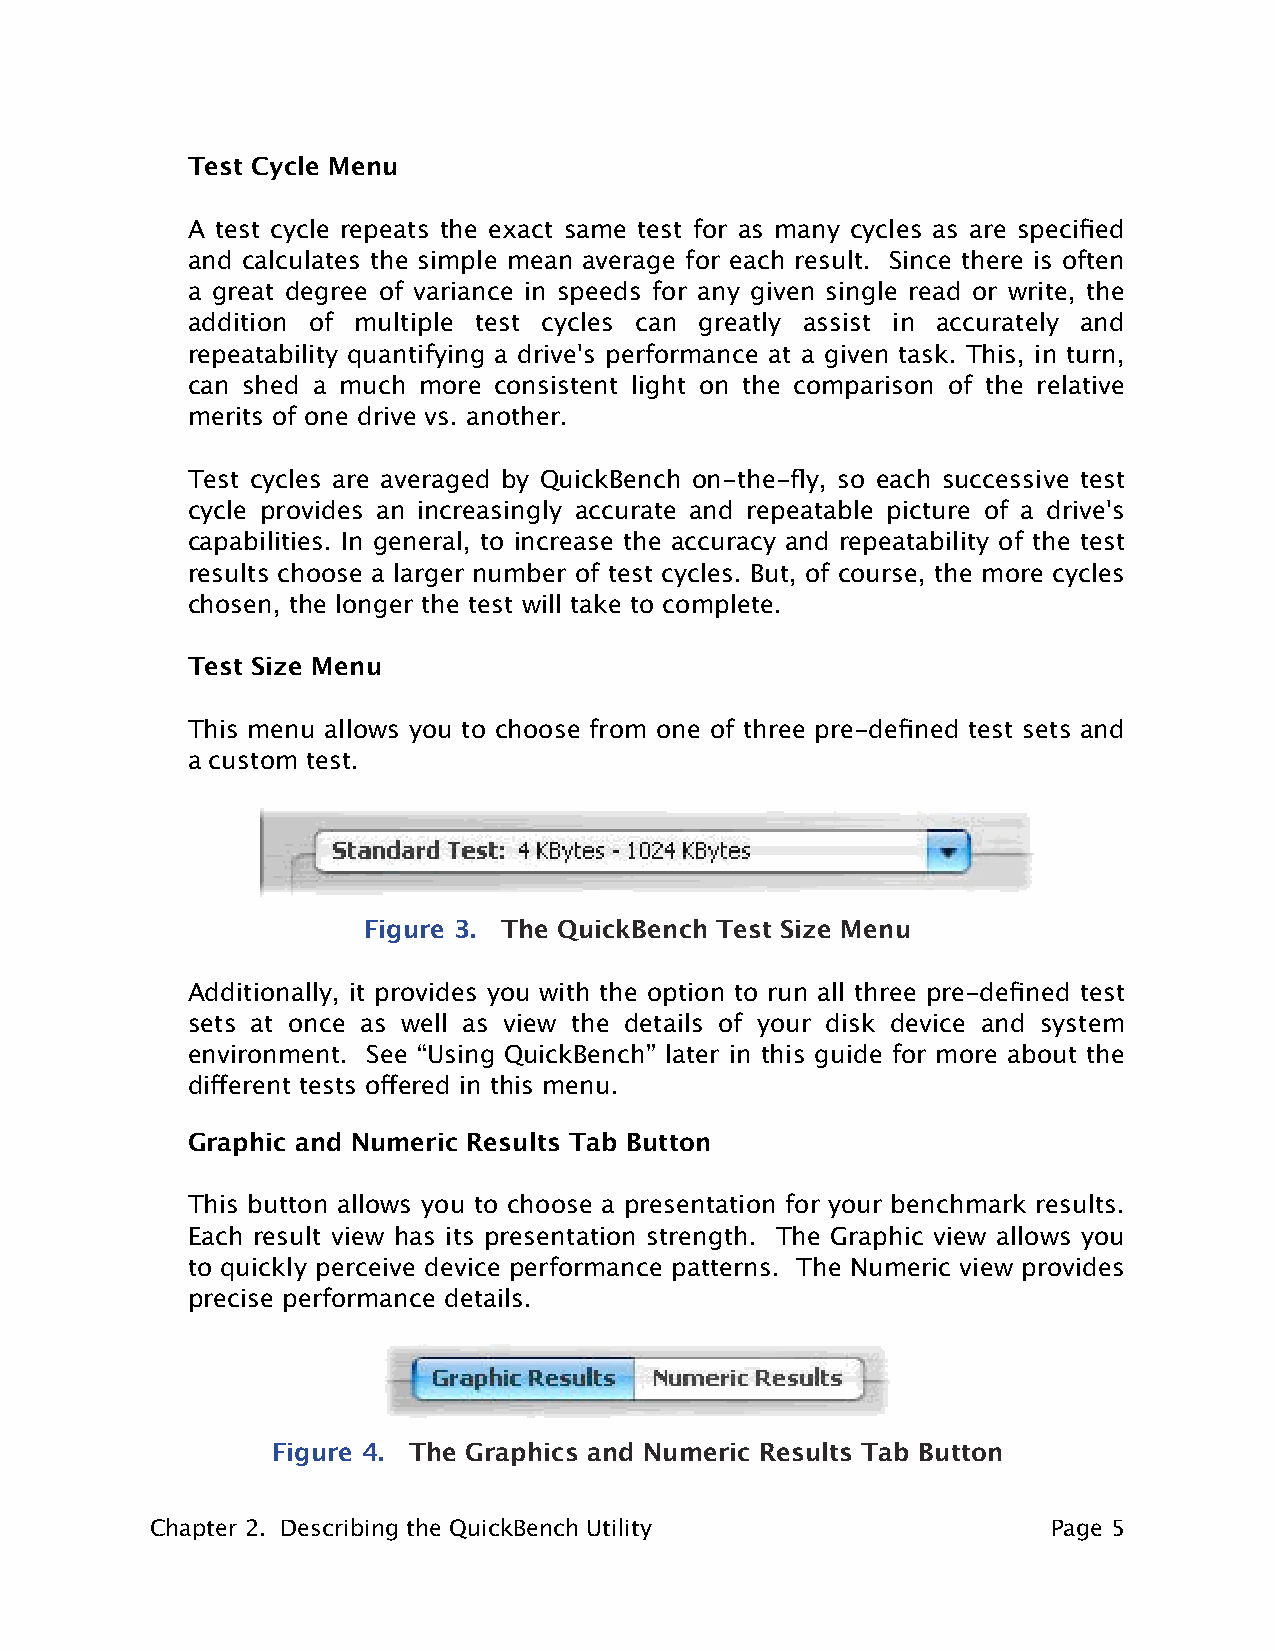
Test Cycle Menu
 A test cycle repeats the exact same test for as many cycles as are specified
 and calculates the simple mean average for each result. Since there is often
 a great degree of variance in speeds for any given single read or write, the
 addition of multiple test cycles can greatly assist in accurately and
 repeatability quantifying a drive's performance at a given task. This, in turn,
 can shed a much more consistent light on the comparison of the relative
 merits of one drive vs. another.
 Test cycles are averaged by QuickBench on-the-fly, so each successive test
 cycle provides an increasingly accurate and repeatable picture of a drive's
 capabilities. In general, to increase the accuracy and repeatability of the test
 results choose a larger number of test cycles. But, of course, the more cycles
 chosen, the longer the test will take to complete.
 Test Size Menu
 This menu allows you to choose from one of three pre-defined test sets and
 a custom test.
 Figure 3. The QuickBench Test Size Menu
 Additionally, it provides you with the option to run all three pre-defined test
 sets at once as well as view the details of your disk device and system
 environment. See “Using QuickBench” later in this guide for more about the
 different tests offered in this menu.
 Graphic and Numeric Results Tab Button
 This button allows you to choose a presentation for your benchmark results.
 Each result view has its presentation strength. The Graphic view allows you
 to quickly perceive device performance patterns. The Numeric view provides
 precise performance details.
 Figure 4. The Graphics and Numeric Results Tab Button
 Chapter 2. Describing the QuickBench Utility                Page 5